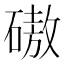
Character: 磝